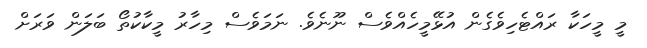
މީ މީހަކާ ރައްޓެހިވެގެން އުޅޭމީހެއްވެސް ނޫނެވެ. ނަމަވެސް މިހާރު މީކާކުތޯ ބަލަން ވަރަށް